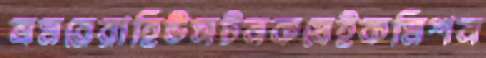
ভ্রমরেরাহিউসটনকষেইকমিশন